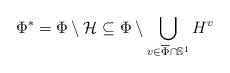
LaTeX: \begin{align*} \Phi^*=\Phi\setminus\mathcal{H}\subseteq\Phi\setminus\bigcup_{v\in \overline{\Phi}\cap\mathbb{S}^1}H^v \end{align*}